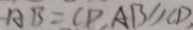
A B = C D , A B / / C D